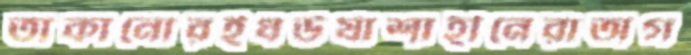
তাকানোরইধউর্যাশাহীনেরাঅগ